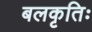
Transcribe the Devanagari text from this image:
बलकृतिः